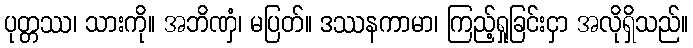
ပုတ္တဿ၊ သားကို။ အဘိဏှံ၊ မပြတ်။ ဒဿနကာမာ၊ ကြည့်ရှုခြင်းငှာ အလိုရှိသည်။